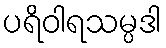
ပရိဝါရသမ္ပဒါ